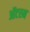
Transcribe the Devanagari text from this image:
ऑटरम